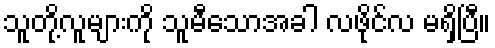
သူတို့လူများကို သူမီသောအခါ လဖိုင်လ မရှိပြီ။